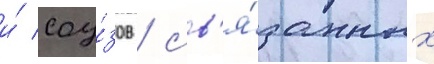
и́ соу́зов / св'я́занных